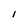
Character: l